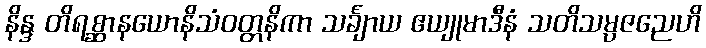
နိန္ဒ တိရစ္ဆာနယောနိသံဝတ္တနိကာ သင်္ချာယ ဧယျုမာဒီနံ သတိသမ္ပဇညေဟိ